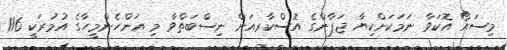
މިސައޯ އޮކަވާ ނަމަކަށްކިޔާ ޖަޕާންގެ އޮސްކާރއަށް ނިސްބަތްވާ މި އަންހެންމީހާގެ އުމުރަކީ 116